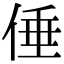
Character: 倕